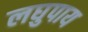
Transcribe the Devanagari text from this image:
लघुपाय